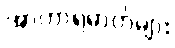
အာဟာရဓာတ်များ